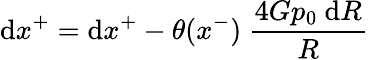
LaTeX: \mathrm{d}x^{+}=\mathrm{d}x^{+}-\theta(x^{-})~{\frac{{4Gp_{0}~\mathrm{d}R}}{{R}}}